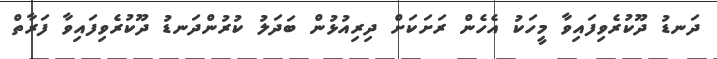
ދަނޑު ދޫކުރެވިފައިވާ މީހަކު އެހެން ރަށަކަށް ދިރިއުޅުން ބަދަލު ކުރުންދަނޑު ދޫކުރެވިފައިވާ ފަރާތް